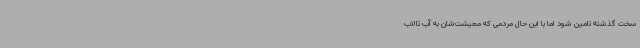
سخت گذشته تامین شود اما با این حال مردمی که معیشت‌شان به آب تالاب